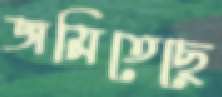
জমিতেছে